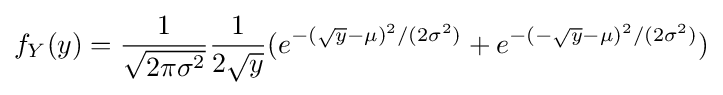
f_{Y}(y)={\frac {1}{\sqrt {2\pi \sigma ^{2}}}}{\frac {1}{2{\sqrt {y}}}}(e^{-({\sqrt {y}}-\mu )^{2}/(2\sigma ^{2})}+e^{-(-{\sqrt {y}}-\mu )^{2}/(2\sigma ^{2})})